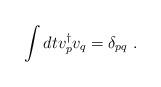
LaTeX: \begin{align*}\int dt v_{p}^\dagger v_{q} = \delta_{pq}~.\end{align*}